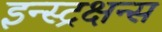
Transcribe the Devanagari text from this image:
इन्स्ट्रक्षन्स